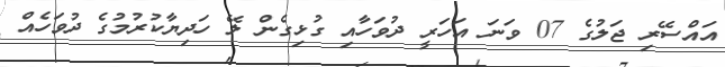
އައްސޭރި ޖަލުގެ 07 ވަނަ އަހަރީ ދުވަހާއި ގުޅިގެން ލޭ ހަދިޔާކުރުމުގެ ދުވަހެއް